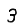
Digit: 3